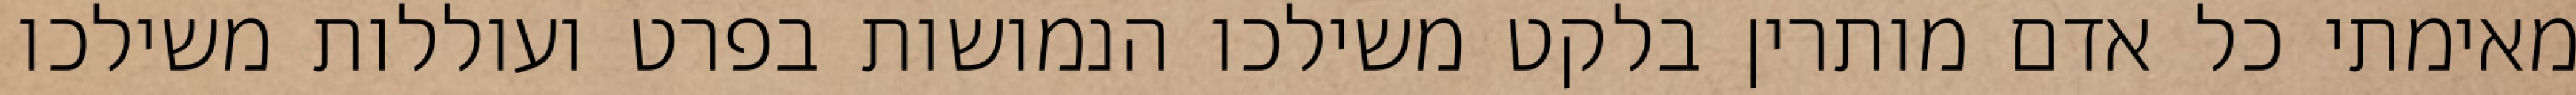
מאימתי כל אדם מותרין בלקט משילכו הנמושות בפרט ועוללות משילכו